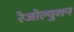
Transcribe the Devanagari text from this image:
रेजोल्युशन